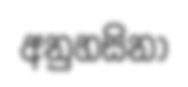
අනුහසිනා